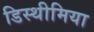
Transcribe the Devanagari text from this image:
डिस्थीमिया